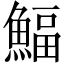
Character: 鰏